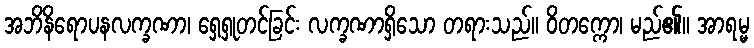
အဘိနိရောပနလက္ခဏာ၊ ရှေ့ရှုတင်ခြင်း လက္ခဏာရှိသော တရားသည်။ ဝိတက္ကော၊ မည်၏။ အာရမ္မ